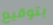
بتوقيع